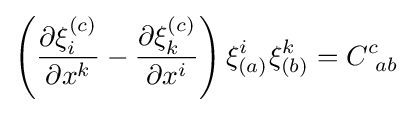
\left({\frac {\partial \xi _{i}^{(c)}}{\partial x^{k}}}-{\frac {\partial \xi _{k}^{(c)}}{\partial x^{i}}}\right)\xi _{(a)}^{i}\xi _{(b)}^{k}=C_{\ ab}^{c}